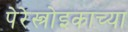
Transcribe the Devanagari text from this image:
पेरेस्त्रोइकाच्या